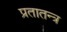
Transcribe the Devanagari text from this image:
प्रतातन्त्र